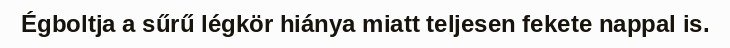
Égboltja a sűrű légkör hiánya miatt teljesen fekete nappal is.